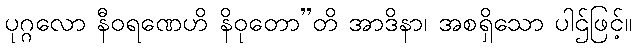
ပုဂ္ဂလော နီဝရဏေဟိ နိဝုတော”တိ အာဒိနာ၊ အစရှိသော ပါဌ်ဖြင့်။